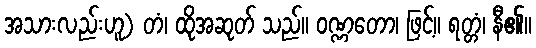
အသားလည်းဟူ) တံ၊ ထိုအဆုတ် သည်။ ဝဏ္ဏတော၊ ဖြင့်။ ရတ္တံ၊ နီ၏။